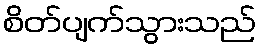
စိတ်ပျက်သွားသည်